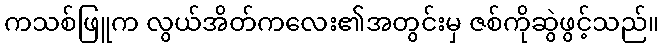
ကသစ်ဖြူက လွယ်အိတ်ကလေး၏အတွင်းမှ ဇစ်ကိုဆွဲဖွင့်သည်။